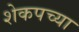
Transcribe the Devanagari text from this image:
शेकपच्या